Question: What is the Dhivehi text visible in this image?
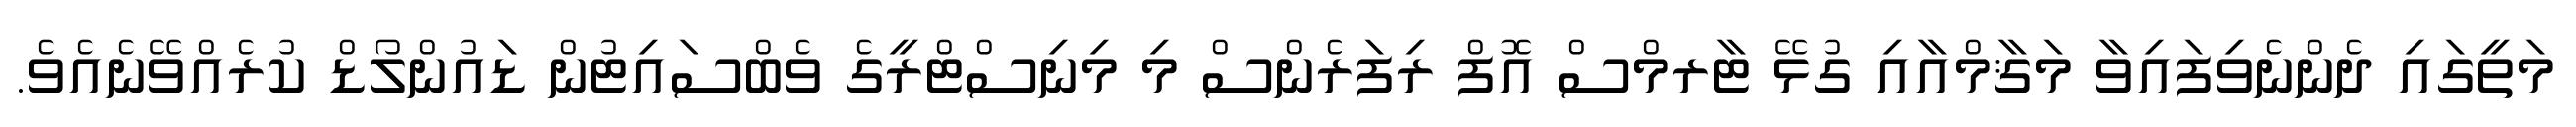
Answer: މަތީގައި ދެންނެވިފައިވާ މަޤާމްއާއި ގުޅޭ ޓާރމްސް އޮފް ރިފަރެންސް މި މިނިސްޓްރީގެ ވެބްސައިޓުން ޑައުންލޯޑް ކުރެއްވޭނެއެވެ.